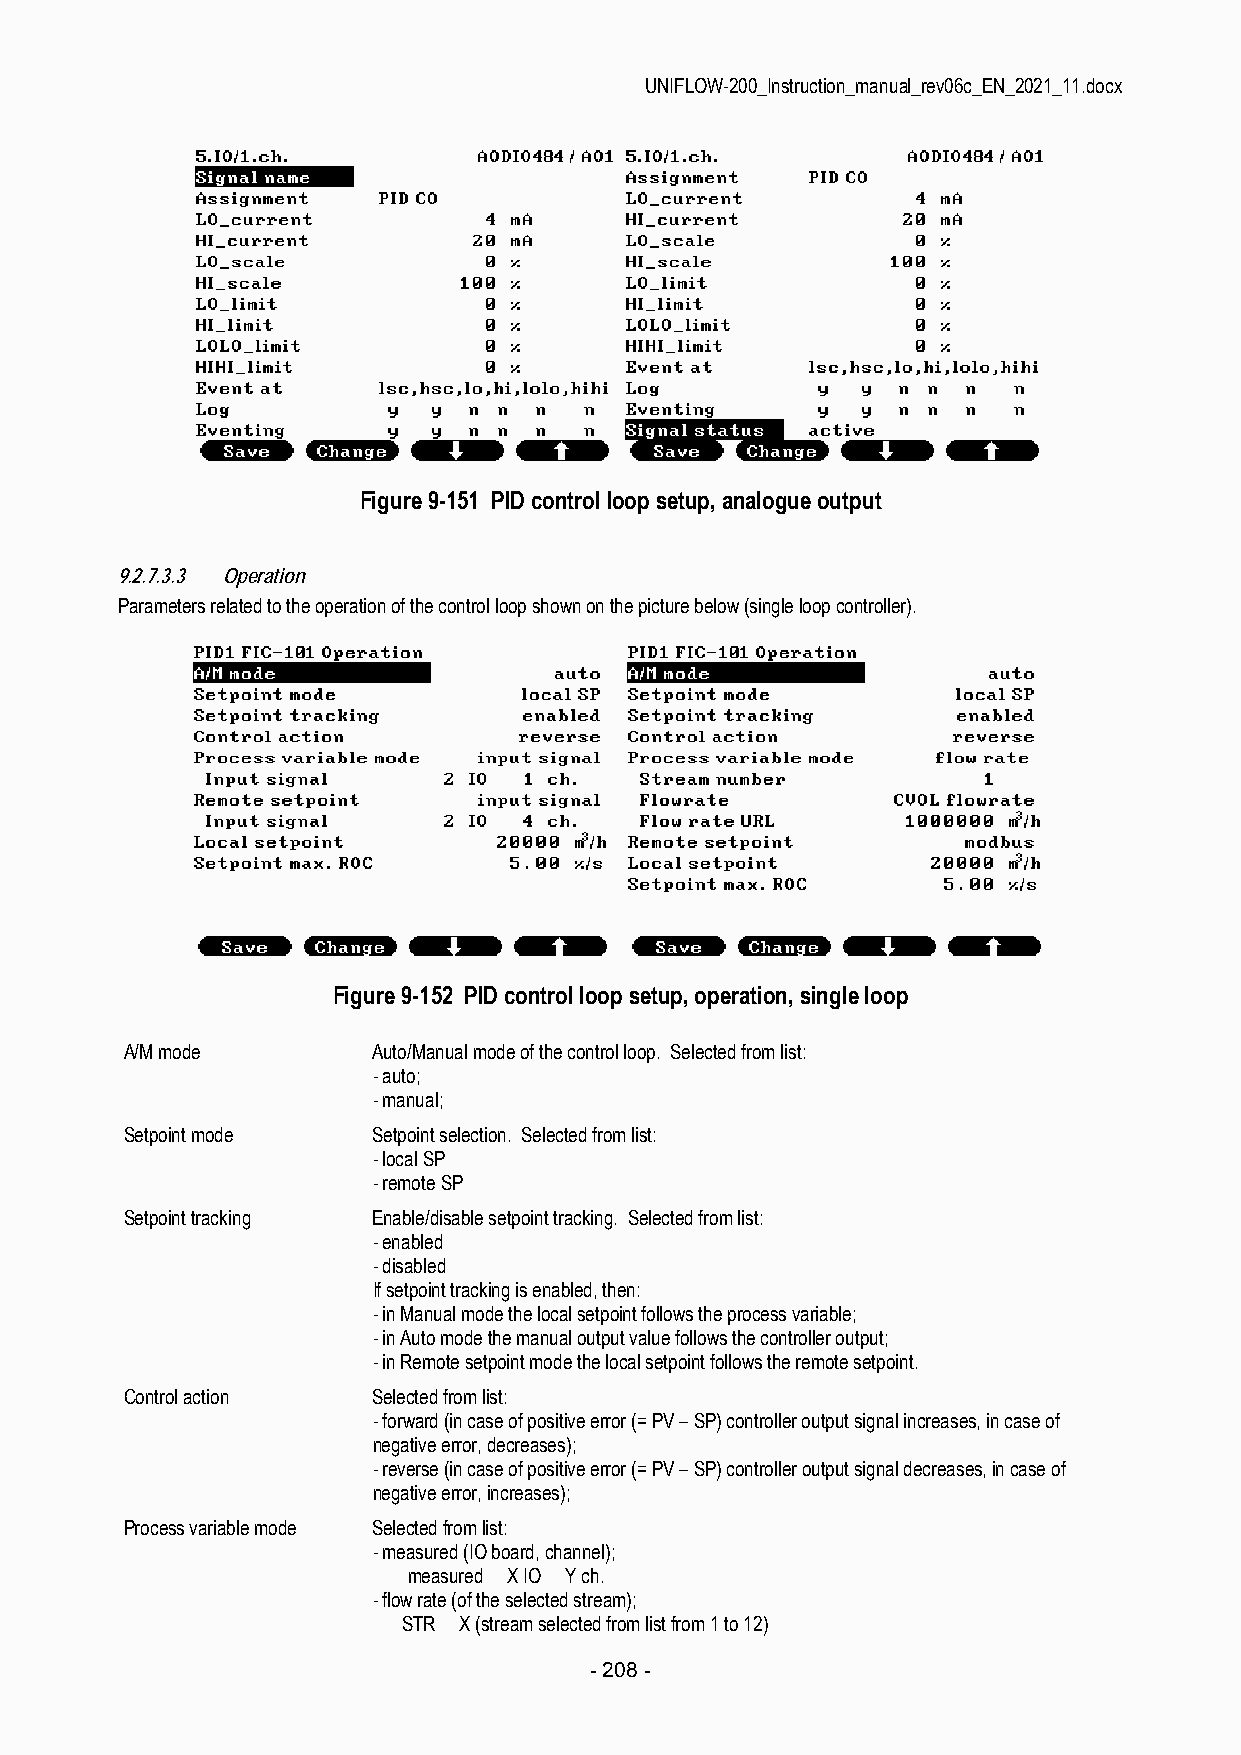
UNIFLOW-200_Instruction_manual_rev06c_EN_2021_11.docx
 Figure 9-151 PID control loop setup, analogue output
 9.2.7.3.3 Operation
 Parameters related to the operation of the control loop shown on the picture below (single loop controller).
 Figure 9-152 PID control loop setup, operation, single loop
 A/M mode         Auto/Manual mode of the control loop. Selected from list:
 - auto;
 - manual;
 Setpoint mode    Setpoint selection. Selected from list:
 - local SP
 - remote SP
 Setpoint tracking Enable/disable setpoint tracking. Selected from list:
 - enabled
 - disabled
 If setpoint tracking is enabled, then:
 - in Manual mode the local setpoint follows the process variable;
 - in Auto mode the manual output value follows the controller output;
 - in Remote setpoint mode the local setpoint follows the remote setpoint.
 Control action   Selected from list:
 - forward (in case of positive error (= PV – SP) controller output signal increases, in case of
 negative error, decreases);
 - reverse (in case of positive error (= PV – SP) controller output signal decreases, in case of
 negative error, increases);
 Process variable mode Selected from list:
 - measured (IO board, channel);
 measured X IO Y ch.
 - flow rate (of the selected stream);
 STR X (stream selected from list from 1 to 12)
 - 208 -